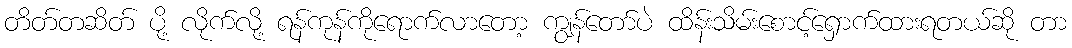
တိတ်တဆိတ် ပို့ လိုက်လို့ ရန်ကုန်ကိုရောက်လာတော့ ကျွန်တော်ပဲ ထိန်းသိမ်းစောင့်ရှောက်ထားရတယ်ဆို တာ